Leningradi_Edasi_toimetus, lk 68
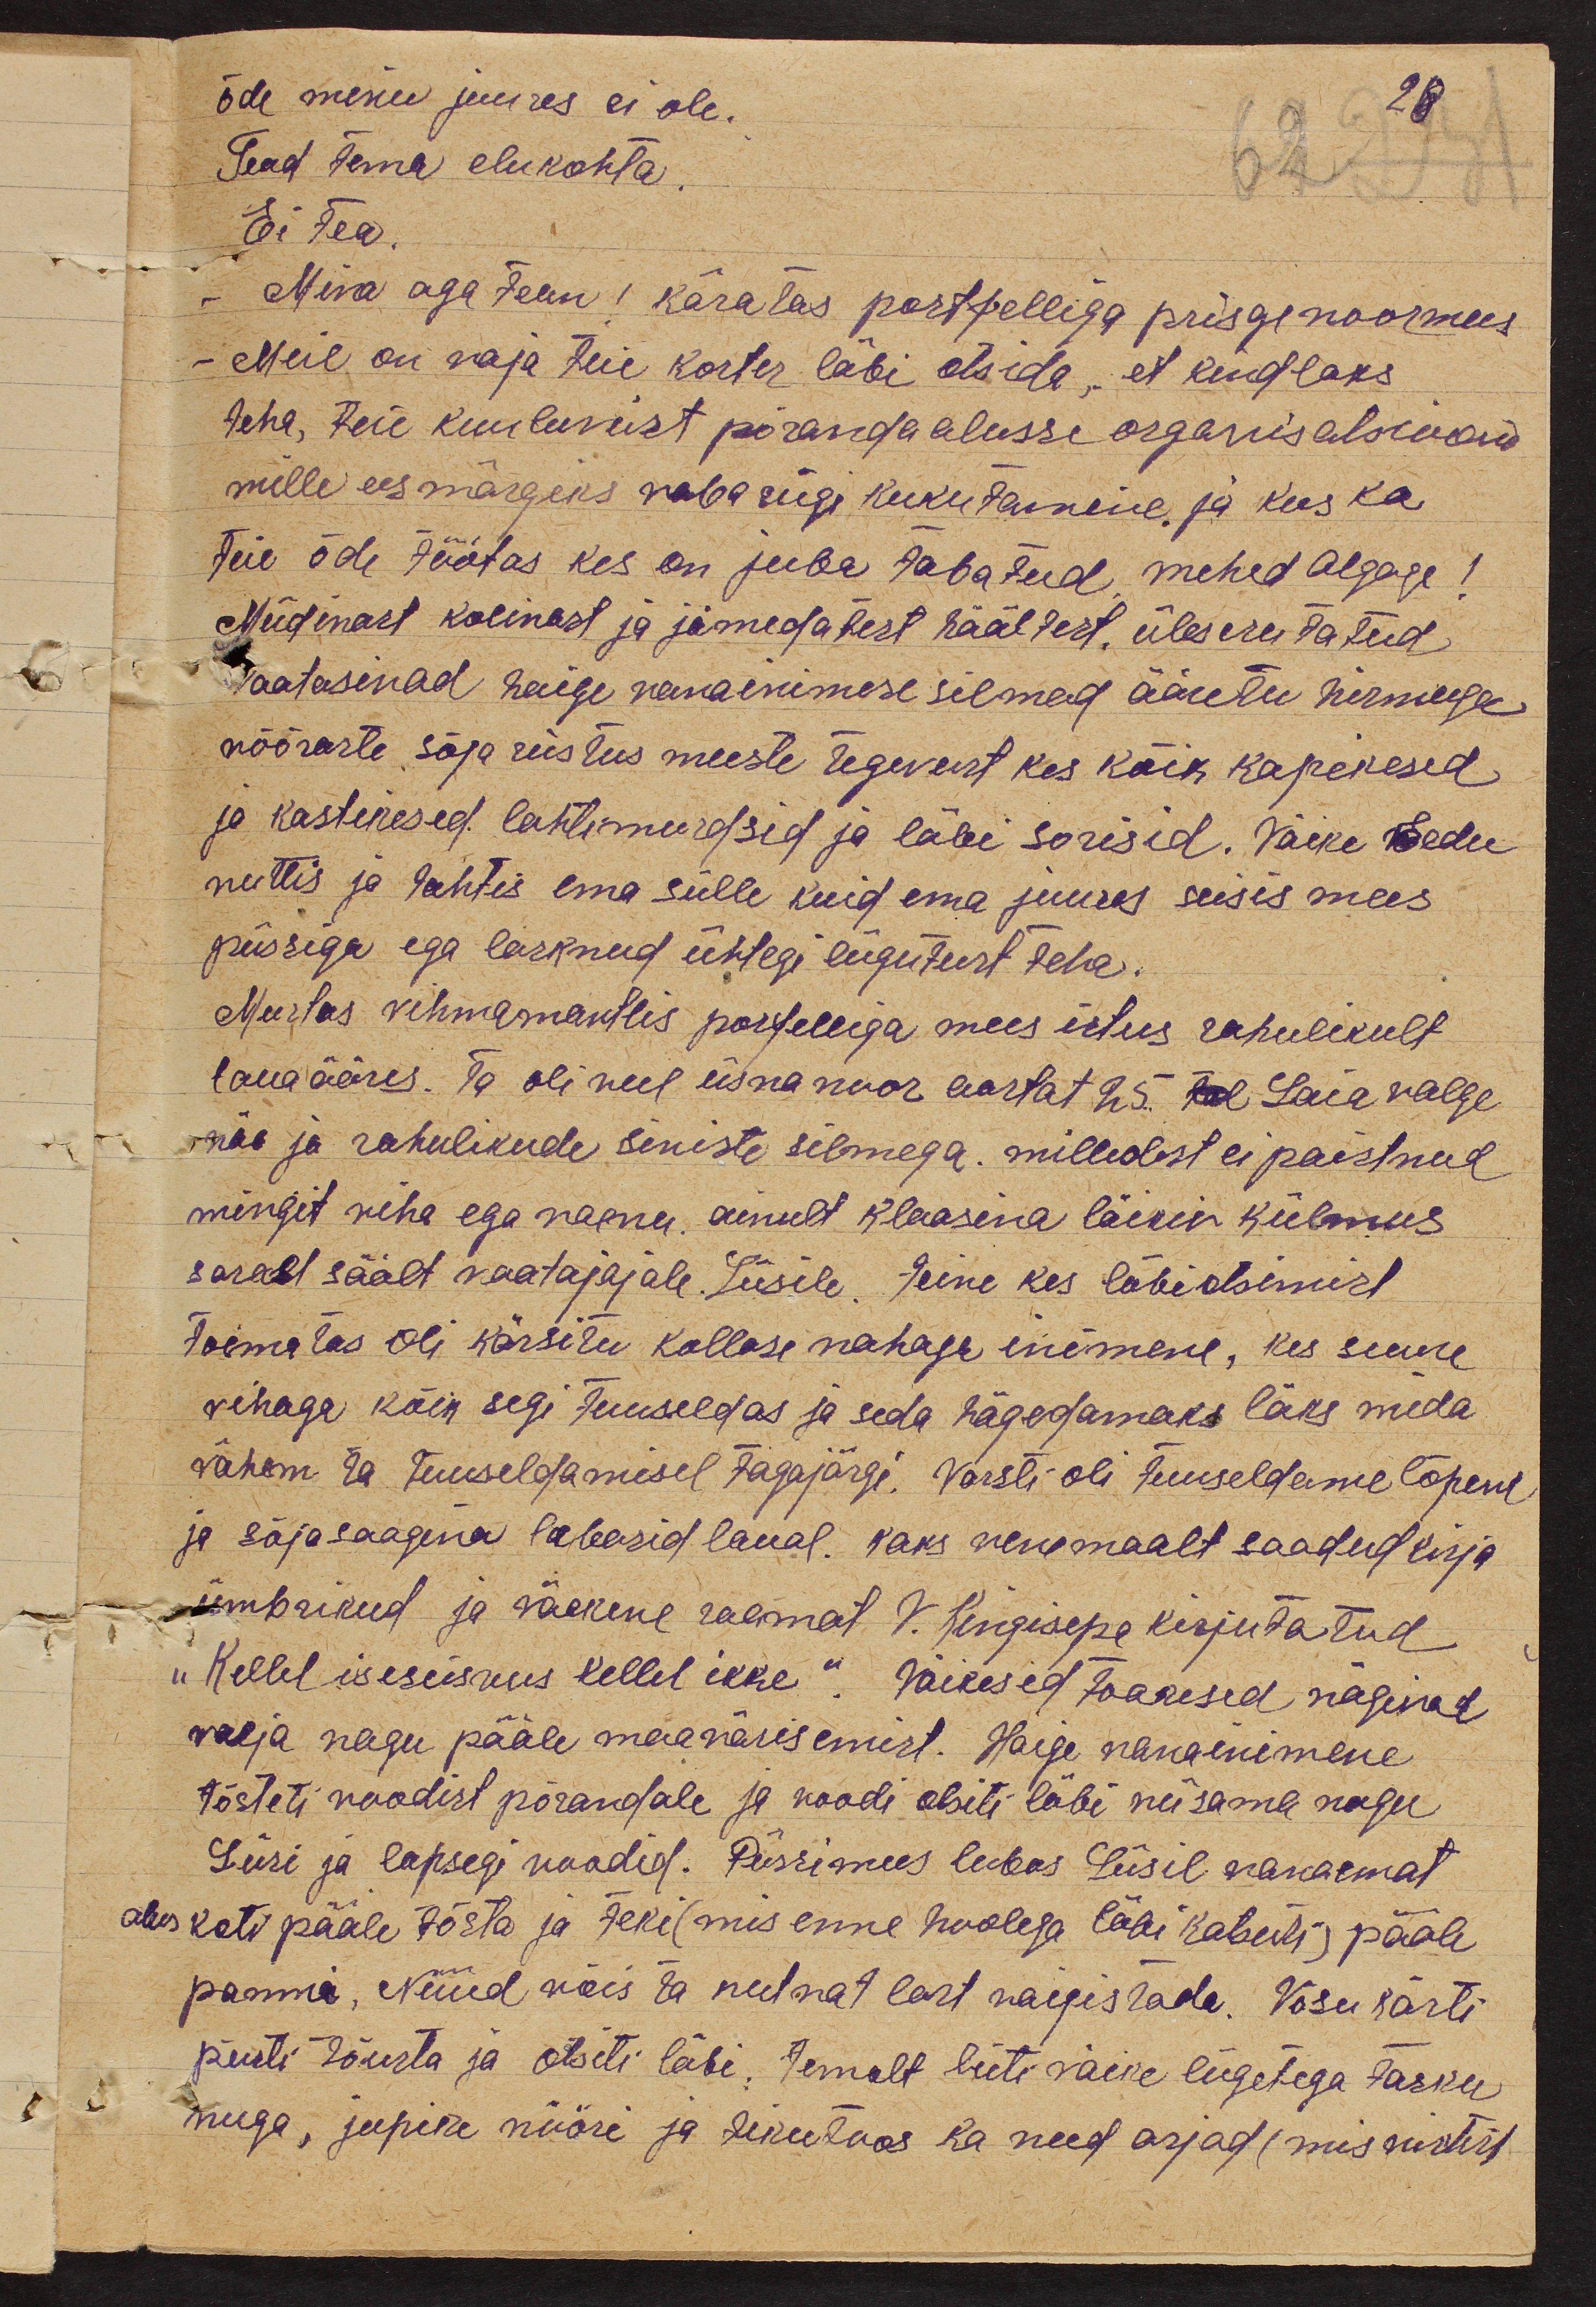
õde minu juures ei ole.
28
Tead tema elukohta
Ei tea.
Mina aga tean! käratas portfelliga prisge noormees
-Meil on vaja teie korter läbi otsida, et kindlaks
teha, teie kuulumist põranda alusse organisatsiooni
mille eesmärgeks vaba riigi kukutamine. ja kus ka
teie õde töötas kes on juba tabatud, mehed algage!
Müdinast kolinast ja jämedatest häältest, üleserutatud
vaatasivad haige vanainimese silmad ääretu hirmuga
võõraste sõja riistus meeste tegevust kes kõik kapikesed
ja kastikesed lahtimurdsid ja läbi sorisid. Väike Eedu
nuttis ja tahtis ema sülle kuid ema juures seisis mees
püssiga ega lasknud ühtegi liigutust teha.
Mustas vihmamantlis porfelliga mees istus rahulikult
laua ääres. Ta oli veel üsna noor aastat 25. tal Laia valge
näo ja rahulikude siniste silmega. milledest ei paistnud
mingit viha ega vaenu ainult klaasina läikiv külmus
sarast säält vaatajajale. Liisile. Teine kes läbiotsimist
toimetas oli kärsitu kollase nahaga inimene, kes suure
vihaga kõik segi tuuseldas ja seda hägedamaks läks mida
vähem ta tuuseldamisel tagajärgi. Varsti oli tuuseldame lõpend
ja sõjasaagina Paberid laual. kaks venemaalt saadud kirja
ümbrikud ja väekene raamat V. Kingisepa kirjutatud
"Kellel iseseisvus kellel ikke". Väikesed toakesed nägivad
valja nagu pääle maavärisemist. Haige vanainimene
tõsteti voodist põrandale ja voodi otsiti läbi niisama nagu
Liisi ja lapsegi voodid. Püssimees lubas Liisil vanaemat
alus koti pääle tõsta ja teki(mis enne hoolega läbi katsuti) pääle
panna. Nüüd võis ta nutvat last vaigistade. Võsu kästi
püsti tõusta ja otsiti läbi: temalt leiti väike liigetega tasku
nuga, jupike nööri ja tikutoos ka need asjad (mis vistist